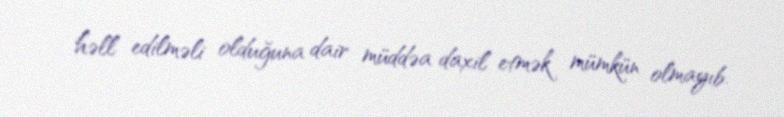
həll edilməli olduğuna dair müddəa daxil etmək mümkün olmayıb.